Report of the Municipal Commissioner on the plague in Bombay for the year ending 31st May... - Volume 1
Disease focus: Plague
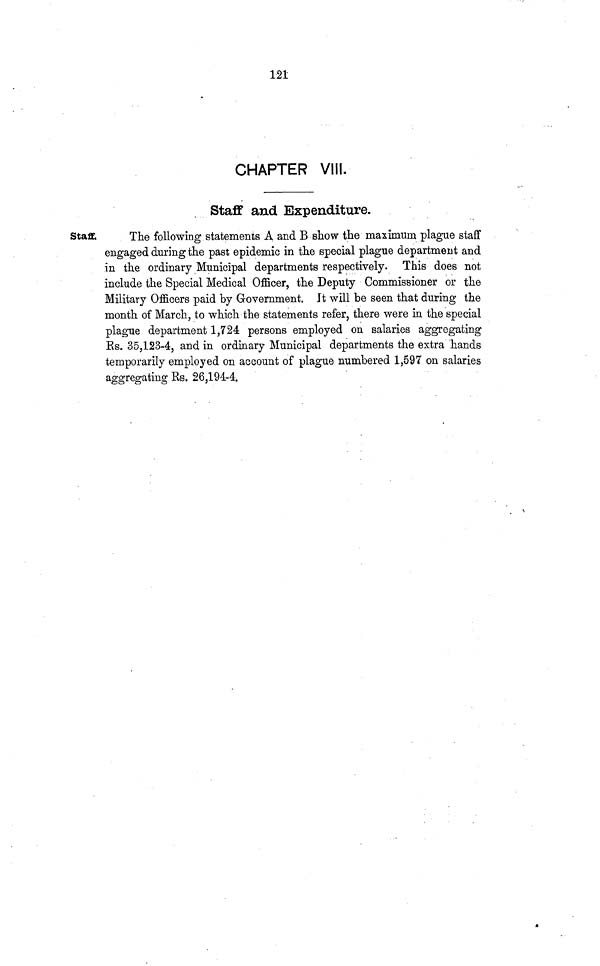
121
CHAPTER VII!.
Staff and Expenditure.
Staff,
The following statements A and B show the maximum plague staff
engaged during the past epidemic in the special plague department and
in the ordinary Municipal departments respectively. This does not
include the Special Medical Officer, the Deputy Commissioner or the
Military Officers paid by Government. Jt will be seen that during the
month of March, to which the statements refer, there were in the special
plague department 1,724 persons employed on salaries aggregating
Es. 35,123-4, and in ordinary Municipal departments the extra hands
temporarily employed on account of plague numbered 1,597 on salaries
aggregating Rs. 26,194-4.